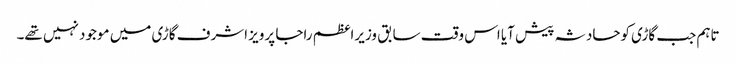
تاہم جب گاڑی کوحادثہ پیش آیا اس وقت سابق وزیراعظم راجا پرویز اشرف گاڑی میں موجود نہیں تھے۔